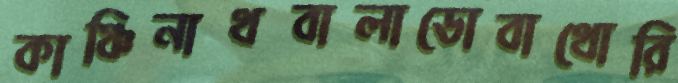
কাঞ্চিনাথবালাডোবাথোরি